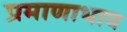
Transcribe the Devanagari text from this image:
प्रमाणाभाव